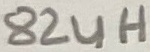
Text: 82uH